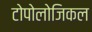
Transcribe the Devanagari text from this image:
टोपोलोजिकल